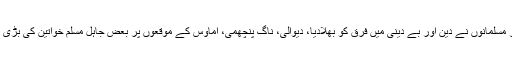
نتیجہ یہ ہوا کہ آج دینی تعلیم سے دور مسلمانوں نے دین اور بے دینی میں فرق کو بھلادیا، دیوالی، ناگ پنچھمی، اماوس کے موقعوں پر بعض جاہل مسلم خواتین کی بڑی تعداد مندروں کے قریب نظر آتی ہے۔